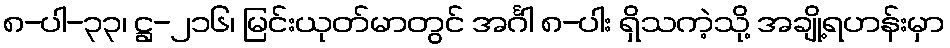
၈-ပါ-၃၃၊ ဋ္ဌ-၂၁၆၊ မြင်းယုတ်မာတွင် အင်္ဂါ ၈-ပါး ရှိသကဲ့သို့ အချို့ရဟန်းမှာ